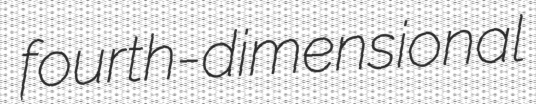
fourth-dimensional